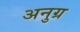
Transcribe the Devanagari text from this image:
अनुग्र